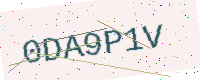
Text: 0DA9P1V